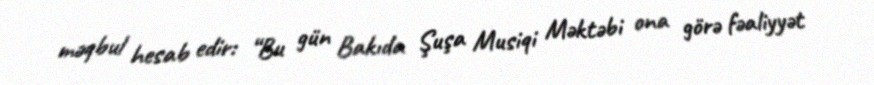
məqbul hesab edir: “Bu gün Bakıda Şuşa Musiqi Məktəbi ona görə fəaliyyət